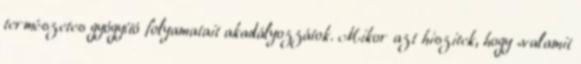
természetes gyógyító folyamatait akadályozzátok. Mikor azt hiszitek, hogy „valamit